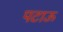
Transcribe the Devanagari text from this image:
पटाऊ